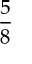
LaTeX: \frac { 5 } { 8 }